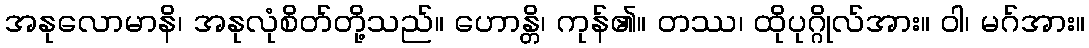
အနုလောမာနိ၊ အနုလုံစိတ်တို့သည်။ ဟောန္တိ၊ ကုန်၏။ တဿ၊ ထိုပုဂ္ဂိုလ်အား။ ဝါ၊ မဂ်အား။